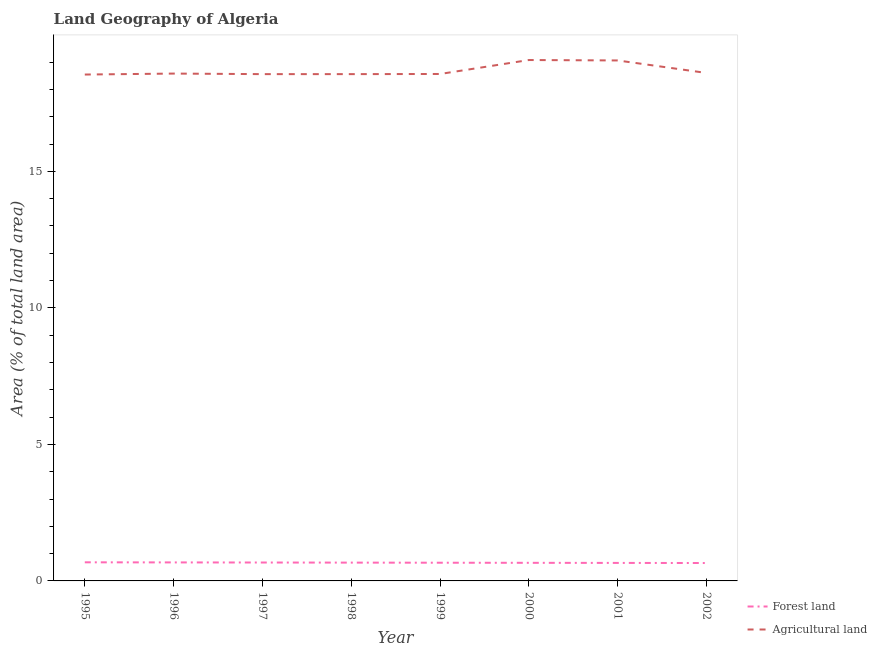
| Year | Forest land | Agricultural land |
 | --- | --- | --- |
 | 1995 | 0.681 | 18.5 |
 | 1996 | 0.678 | 18.6 |
 | 1997 | 0.674 | 18.6 |
 | 1998 | 0.67 | 18.6 |
 | 1999 | 0.667 | 18.6 |
 | 2000 | 0.663 | 19.1 |
 | 2001 | 0.659 | 19.1 |
 | 2002 | 0.656 | 18.6 |